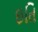
ઇતિ